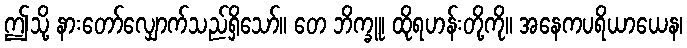
ဤသို့ နားတော်လျှောက်သည်ရှိသော်။ တေ ဘိက္ခူ၊ ထိုရဟန်းတို့ကို။ အနေကပရိယာယေန၊